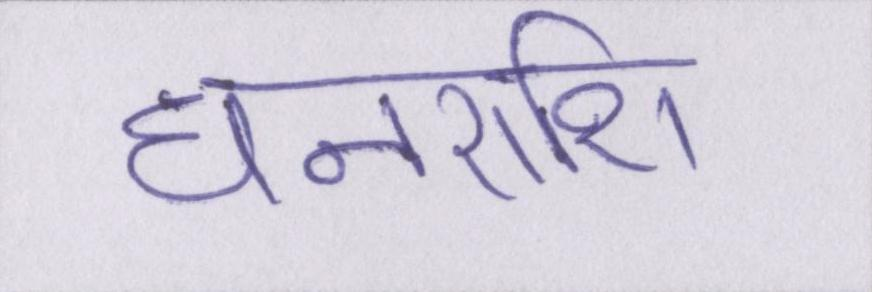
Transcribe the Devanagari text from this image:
धनराशि